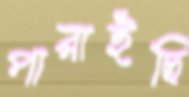
পারাইছি